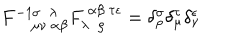
F _ { ~ \mu \nu ~ \alpha \beta } ^ { - 1 \sigma ~ ~ \lambda } F _ { \lambda ~ ~ \rho } ^ { ~ \alpha \beta ~ \tau \epsilon } = \delta _ { \rho } ^ { \sigma } \delta _ { \mu } ^ { \tau } \delta _ { \nu } ^ { \epsilon }